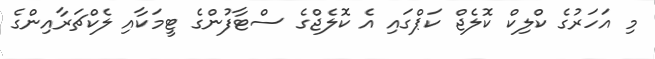
މި އަހަރުގެ ކްލިކް ކޮލެޖް ކަޕްގައި އެ ކޮލެޖްގެ ސްޓާފުންގެ ޓީމަކާއި ލެކްޗަރާއިންގެ